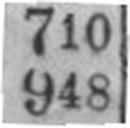
948